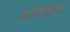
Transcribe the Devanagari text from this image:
कापितोलिन